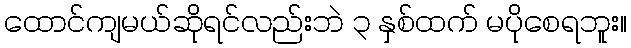
ထောင်ကျမယ်ဆိုရင်လည်းဘဲ ၃ နှစ်ထက် မပိုစေရဘူး။